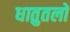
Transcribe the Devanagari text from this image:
धातुतलों